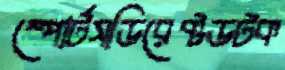
স্পোর্টসডিরেক্টডটক